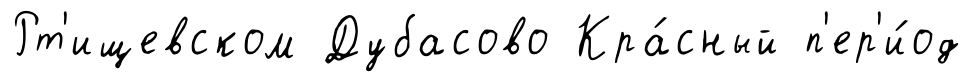
Рт'ищевском Дубасово Кра́сный п'ер'и́од